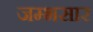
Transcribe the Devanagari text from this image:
जम्भसार